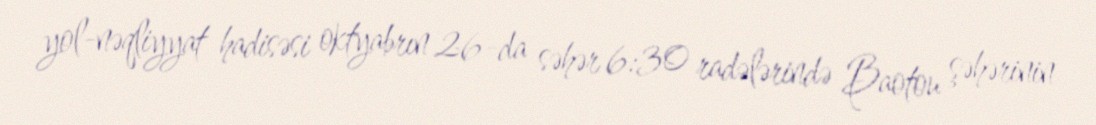
yol-nəqliyyat hadisəsi oktyabrın 26-da səhər 6:30 radələrində Baotou şəhərinin